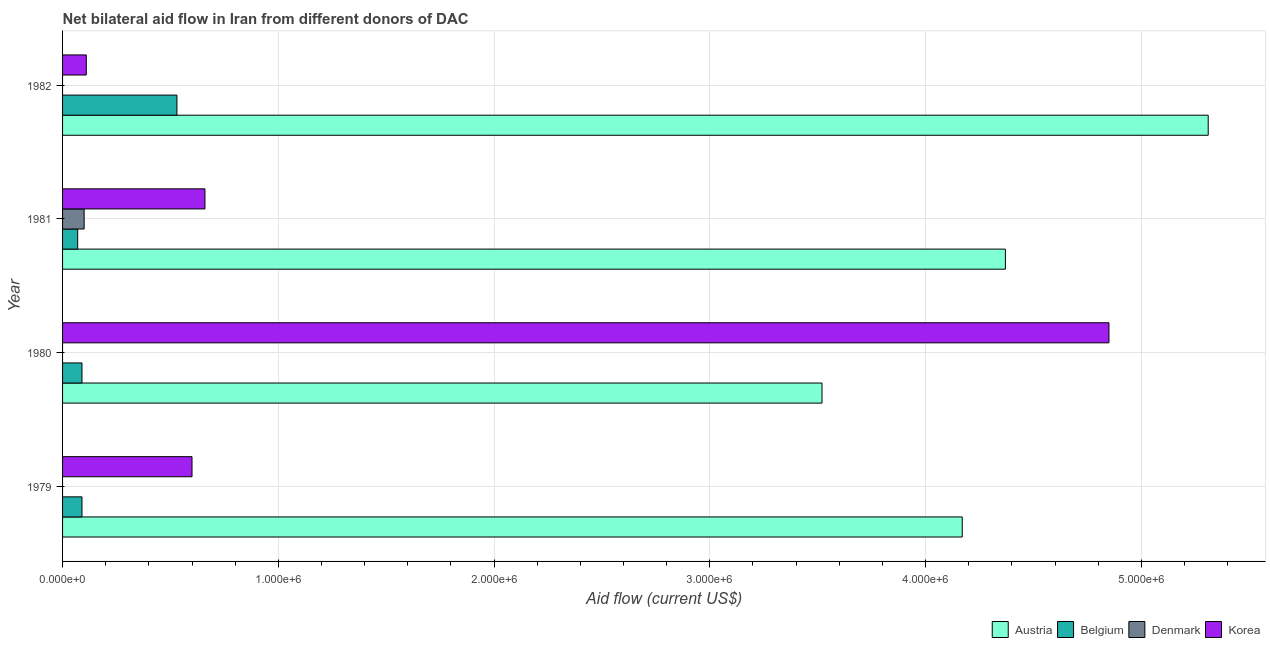
| Year | Austria | Belgium | Denmark | Korea |
 | --- | --- | --- | --- | --- |
 | 1979 | 4.17e+06 | 9e+04 | -9e+04 | 6e+05 |
 | 1980 | 3.52e+06 | 9e+04 | -2e+04 | 4.85e+06 |
 | 1981 | 4.37e+06 | 7e+04 | 1e+05 | 6.6e+05 |
 | 1982 | 5.31e+06 | 5.3e+05 | -1.1e+05 | 1.1e+05 |